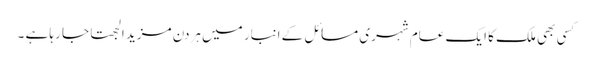
کسی بھی ملک کا ایک عام شہری مسائل کے انبار میں ہردن مزید الجھتا جا رہا ہے ۔